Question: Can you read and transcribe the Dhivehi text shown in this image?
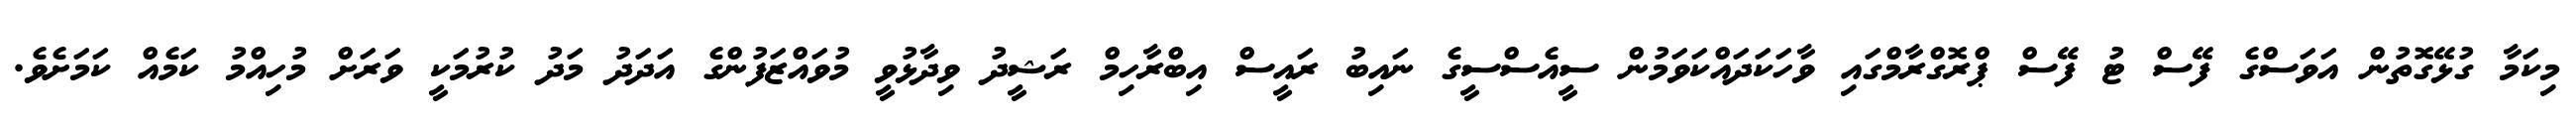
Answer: މިކަމާ ގުޅޭގޮތުން އަވަސްގެ ފޭސް ޓު ފޭސް ޕްރޮގްރާމްގައި ވާހަކަދައްކަވަމުން ސީއެސްސީގެ ނައިބު ރައީސް އިބްރާހިމް ރަޝީދު ވިދާޅުވީ މުވައްޒަފުންގެ އަދަދު މަދު ކުރުމަކީ ވަރަށް މުހިއްމު ކަމެއް ކަމަށެވެ.